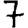
Digit: 7